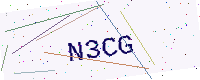
Text: N3CG